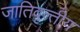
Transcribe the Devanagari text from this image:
जातिवृत्‍तीय